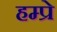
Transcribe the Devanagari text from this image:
हम्प्रे